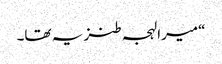
“میرا لہجہ طنز یہ تھا۔